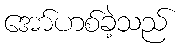
အော်ဟစ်ခဲ့သည်